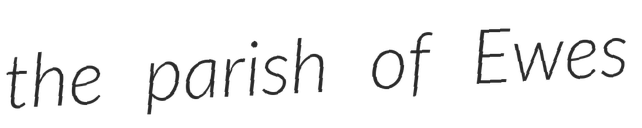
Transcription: the parish of Ewes